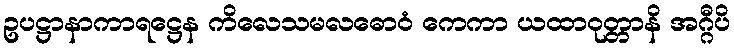
ဥပဋ္ဌာနာကာရဋ္ဌေန ကိလေသမလဓောဝံ ကေကာ ယထာဝုတ္တာနိ အဂ္ဂီပိ